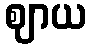
ဈာယ